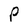
Character: P